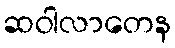
ဆဝါလာတေန